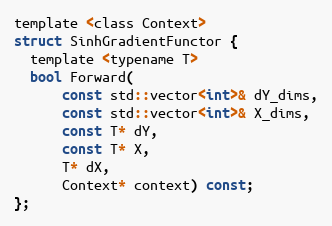
Language: C
template <class Context>
struct SinhGradientFunctor {
  template <typename T>
  bool Forward(
      const std::vector<int>& dY_dims,
      const std::vector<int>& X_dims,
      const T* dY,
      const T* X,
      T* dX,
      Context* context) const;
};